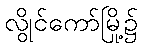
လွိုင်ကော်မြို့၌